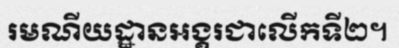
រមណីយដ្ឋានអង្គរជាលើកទី២។